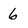
Character: 6